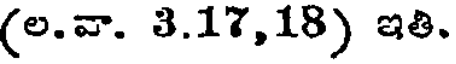
(ల.వా. 3.17,18) ఇతి.